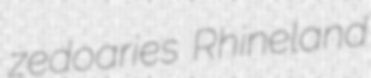
zedoaries Rhineland